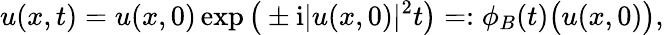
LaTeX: u(x,t)=u(x,0)\exp\big(\pm\mathrm{i}\lvert u(x,0)\rvert^{2}t\big)=:\phi_{B}(t)\big(u(x,0)\big),